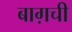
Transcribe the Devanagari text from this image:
बाग़ची